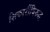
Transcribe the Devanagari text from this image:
शिकारींविरुद्ध